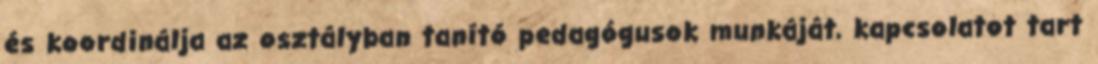
és koordinálja az osztályban tanító pedagógusok munkáját, kapcsolatot tart